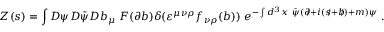
Z ( s ) = \int { \cal D } \psi { \cal D } \bar { \psi } { \cal D } b _ { \mu } ~ F ( \partial b ) \delta ( \varepsilon ^ { \mu \nu \rho } f _ { \nu \rho } ( b ) ) ~ e ^ { - \int d ^ { 3 } x ~ \bar { \psi } ( \partial \! \! \! / + i ( s \! \! \! / + b \! \! \! / ) + m ) \psi } \; .